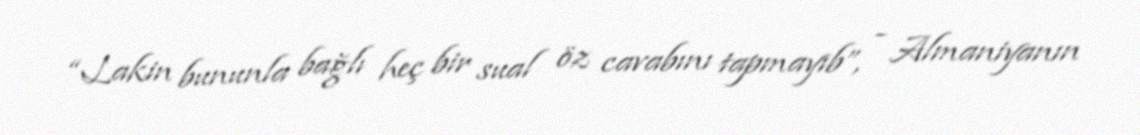
“Lakin bununla bağlı heç bir sual öz cavabını tapmayıb”, - Almaniyanın